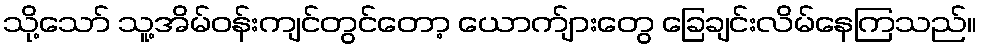
သို့သော် သူ့အိမ်ဝန်းကျင်တွင်တော့ ယောက်ျားတွေ ခြေချင်းလိမ်နေကြသည်။